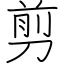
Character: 剪